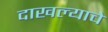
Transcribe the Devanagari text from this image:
दाखल्याचे